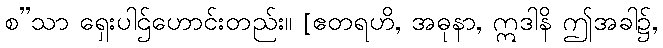
စ”သာ ရှေးပါဌ်ဟောင်းတည်း။ [ဧတရဟိ, အဓုနာ, ဣဒါနိ ဤအခါ၌,